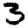
Digit: 3